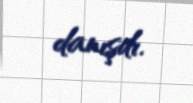
danışdı.